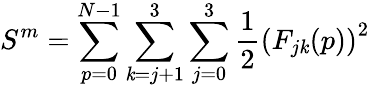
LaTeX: S^{m}=\sum_{p=0}^{N-1}\sum_{\mathit{k}=j+1}^{3}\sum_{j=0}^{3}\frac{{1}}{{2}}\left(F_{j\mathit{k}}(p)\right)^{2}